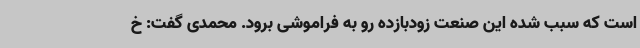
است که سبب شده این صنعت زودبازده رو به فراموشی برود. محمدی گفت: خ